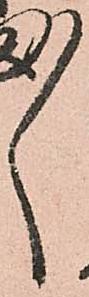
ゝ